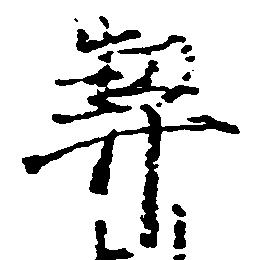
契